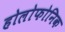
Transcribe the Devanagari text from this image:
होलोफोनिक